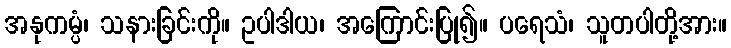
အနုကမ္ပံ၊ သနားခြင်းကို။ ဥပါဒါယ၊ အကြောင်းပြု၍။ ပရေသံ၊ သူတပါတို့အား။